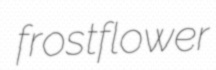
frostflower